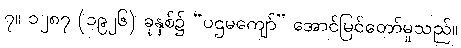
၇။ ၁၂၈၇ (၁၉၂၆) ခုနှစ်၌ “ပဌမကျော်” အောင်မြင်တော်မူသည်။